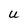
Character: U